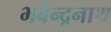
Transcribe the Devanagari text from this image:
भवेन्द्रनाथ